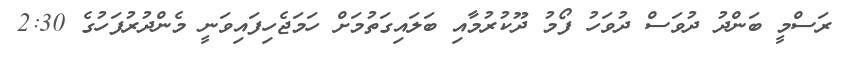
ރަސްމީ ބަންދު ދުވަސް ދުވަހު ފޯމު ދޫކުރުމާއި ބަލައިގަތުމަށް ހަމަޖެހިފައިވަނީ މެންދުރުފަހުގެ 2:30